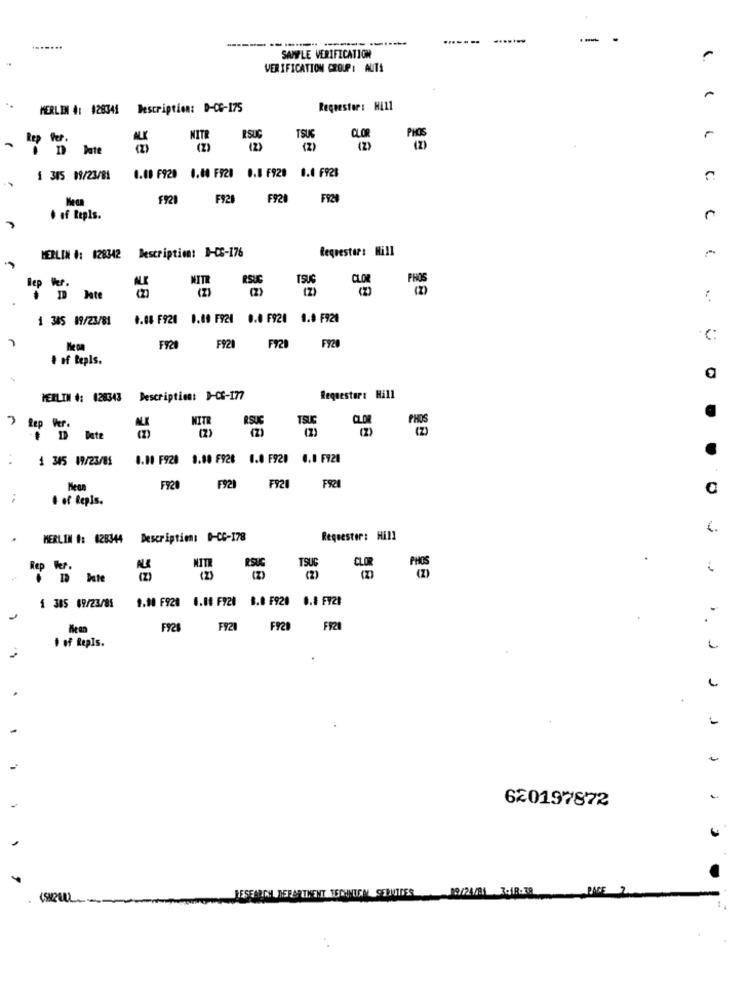
.......
SAMPLE VERIFICATION
VERIFICATION GROUP: AUTA
MERLIN 4: #28341
Description: D-CG-175
Regeestar: Hill
MITR
RSUC
TSUS
CLOR
Date
(2)
(2)
(2)
1.00 F929 1.40 F920 0.0 F920 0.0 F928
1 345 09/23/81
F121
F928
F928
of Repls.
Requestar: Hill
MERLIN #: 128342
Description: D-CS-176
CCI
MITR
RSUC
TSUS
CLOR
lep Ver.
(2)
ID Jote
1 345 89/23/81
4.08 F920 0.00 F921 0.0 F921 1.0 F920
FY20
C:
F921
F929
# of tepls.
MERLIN #: 028343 Description: 1-CG-177
Requestor: Hill
MITR
RSUS
TSUC
CLOR
(2)
- 19 Date
:
1 345 19/23/81
1.10 F920 3.80 F928 0.0 F920 0.0 F920
F921
Mean
F920
F921
F921
:
# of Repls.
€.
MERLIN #: 628344
Description: 0-CC-178
Requester: Hill
NITR
.
Rep Her.
RSUG
TSUE
( 2)
(2)
(2)
1 385 69/23/85
1.10 F920 6.08 F720 8.0 F920 0.4 F728
.
FP28
FYZI
F929 FF2
# of Repls.
J
620197872
.
RESEARCH DEPARTMENT TECHNIEM SERUTDER